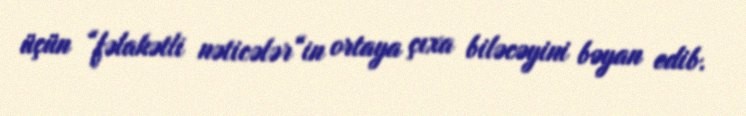
üçün “fəlakətli nəticələr“in ortaya çıxa biləcəyini bəyan edib.